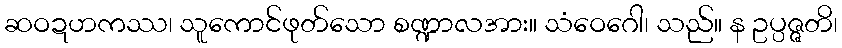
ဆဝဍဟကဿ၊ သူကောင်ဖုတ်သော စဏ္ဍာလအား။ သံဝေဂေါ၊ သည်။ န ဥပ္ပဇ္ဇတိ၊